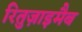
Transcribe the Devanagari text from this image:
रितुज़ाइमैब